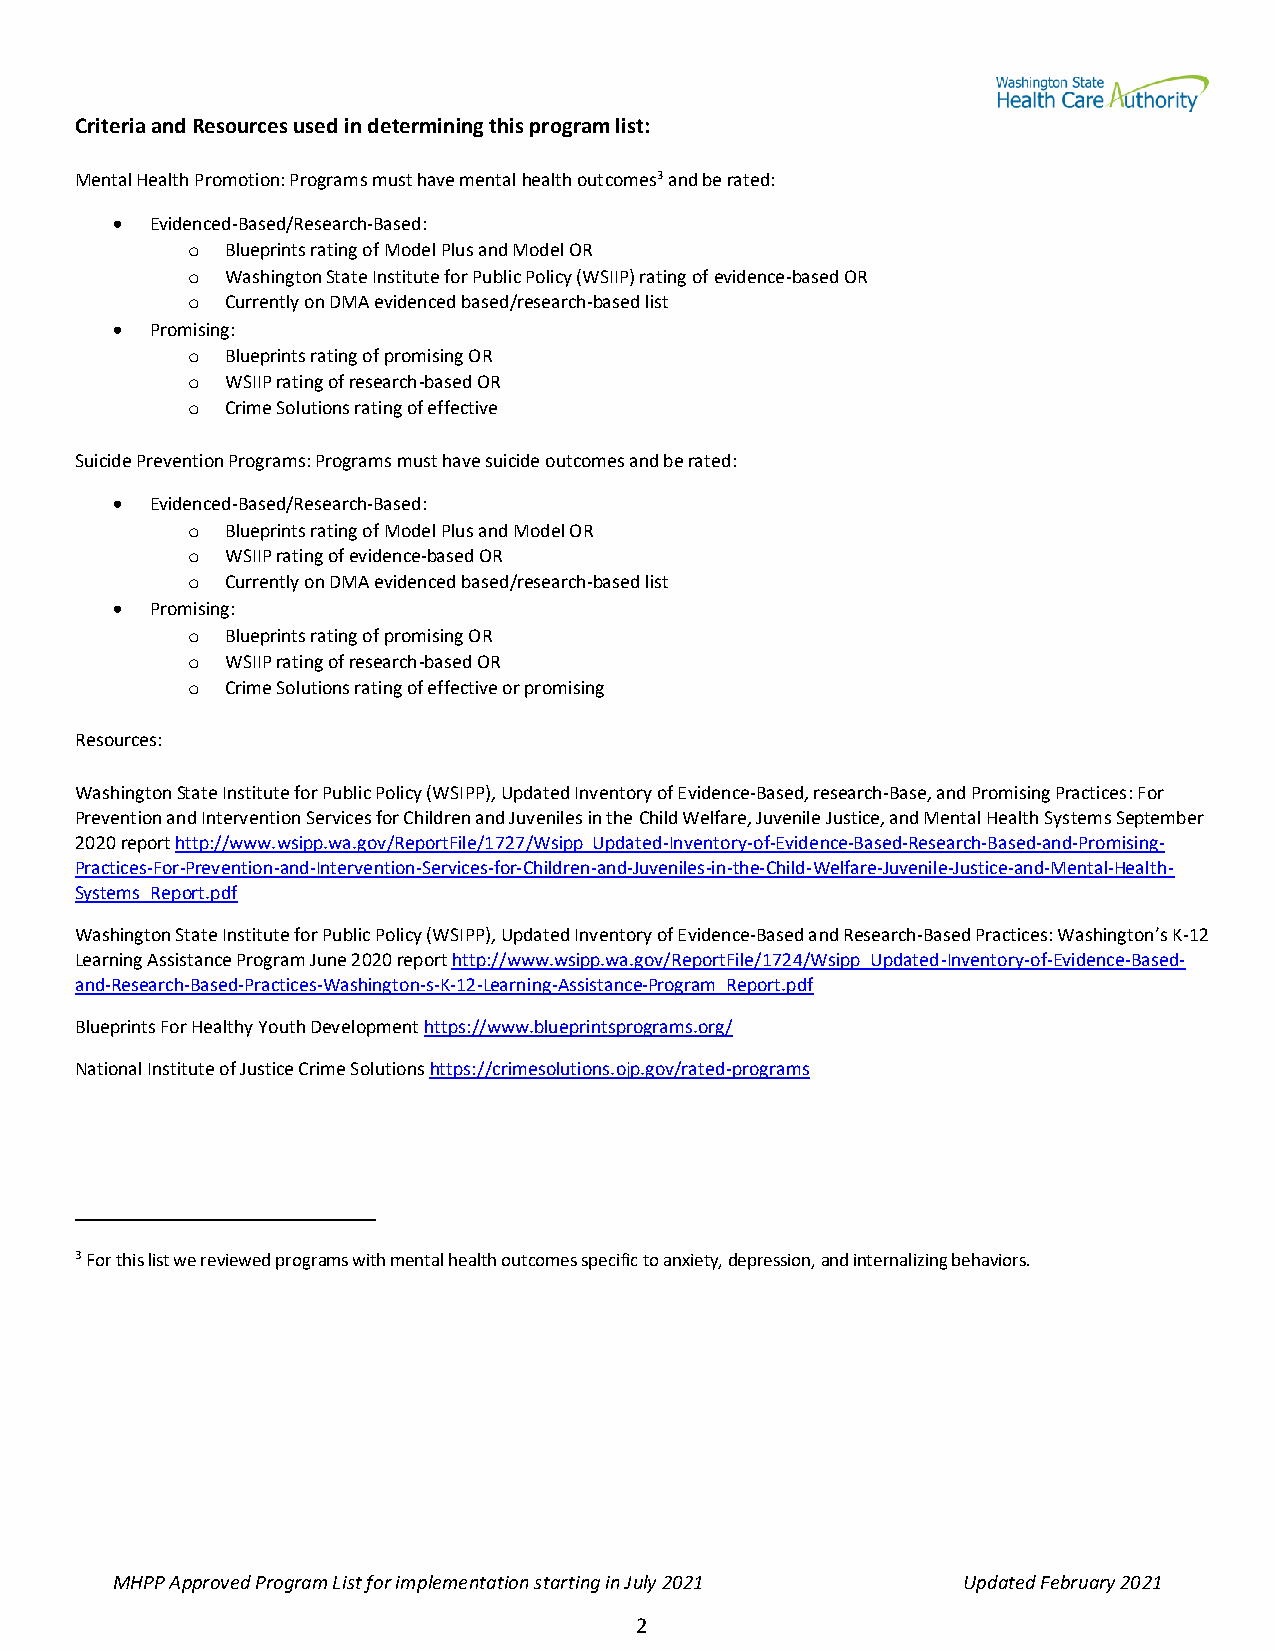
Criteria and Resources used in determining this program list:
 Mental Health Promotion: Programs must have mental health outcomes3 and be rated:
 •  Evidenced-Based/Research-Based:
 o  Blueprints rating of Model Plus and Model OR
 o  Washington State Institute for Public Policy (WSIIP) rating of evidence-based OR
 o  Currently on DMA evidenced based/research-based list
 •  Promising:
 o  Blueprints rating of promising OR
 o  WSIIP rating of research-based OR
 o  Crime Solutions rating of effective
 Suicide Prevention Programs: Programs must have suicide outcomes and be rated:
 •  Evidenced-Based/Research-Based:
 o  Blueprints rating of Model Plus and Model OR
 o  WSIIP rating of evidence-based OR
 o  Currently on DMA evidenced based/research-based list
 •  Promising:
 o  Blueprints rating of promising OR
 o  WSIIP rating of research-based OR
 o  Crime Solutions rating of effective or promising
 Resources:
 Washington State Institute for Public Policy (WSIPP), Updated Inventory of Evidence-Based, research-Base, and Promising Practices: For
 Prevention and Intervention Services for Children and Juveniles in the Child Welfare, Juvenile Justice, and Mental Health Systems September
 2020 report http://www.wsipp.wa.gov/ReportFile/1727/Wsipp_Updated-Inventory-of-Evidence-Based-Research-Based-and-Promising-
 Practices-For-Prevention-and-Intervention-Services-for-Children-and-Juveniles-in-the-Child-Welfare-Juvenile-Justice-and-Mental-Health-
 Systems_Report.pdf
 Washington State Institute for Public Policy (WSIPP), Updated Inventory of Evidence-Based and Research-Based Practices: Washington’s K-12
 Learning Assistance Program June 2020 report http://www.wsipp.wa.gov/ReportFile/1724/Wsipp_Updated-Inventory-of-Evidence-Based-
 and-Research-Based-Practices-Washington-s-K-12-Learning-Assistance-Program_Report.pdf
 Blueprints For Healthy Youth Development https://www.blueprintsprograms.org/
 National Institute of Justice Crime Solutions https://crimesolutions.ojp.gov/rated-programs
 3 For this list we reviewed programs with mental health outcomes specific to anxiety, depression, and internalizing behaviors.
 MHPP Approved Program List for implementation starting in July 2021 Updated February 2021
 2